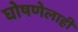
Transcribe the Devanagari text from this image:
घोषणेलाही